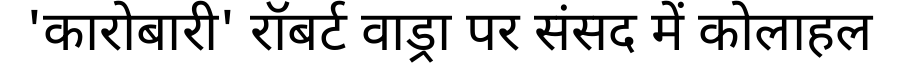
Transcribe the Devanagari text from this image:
'कारोबारी' रॉबर्ट वाड्रा पर संसद में कोलाहल